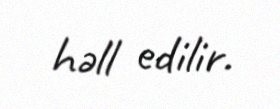
həll edilir.